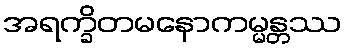
အရက္ခိတမနောကမ္မန္တဿ